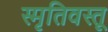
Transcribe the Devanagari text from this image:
स्मृतिवस्तू